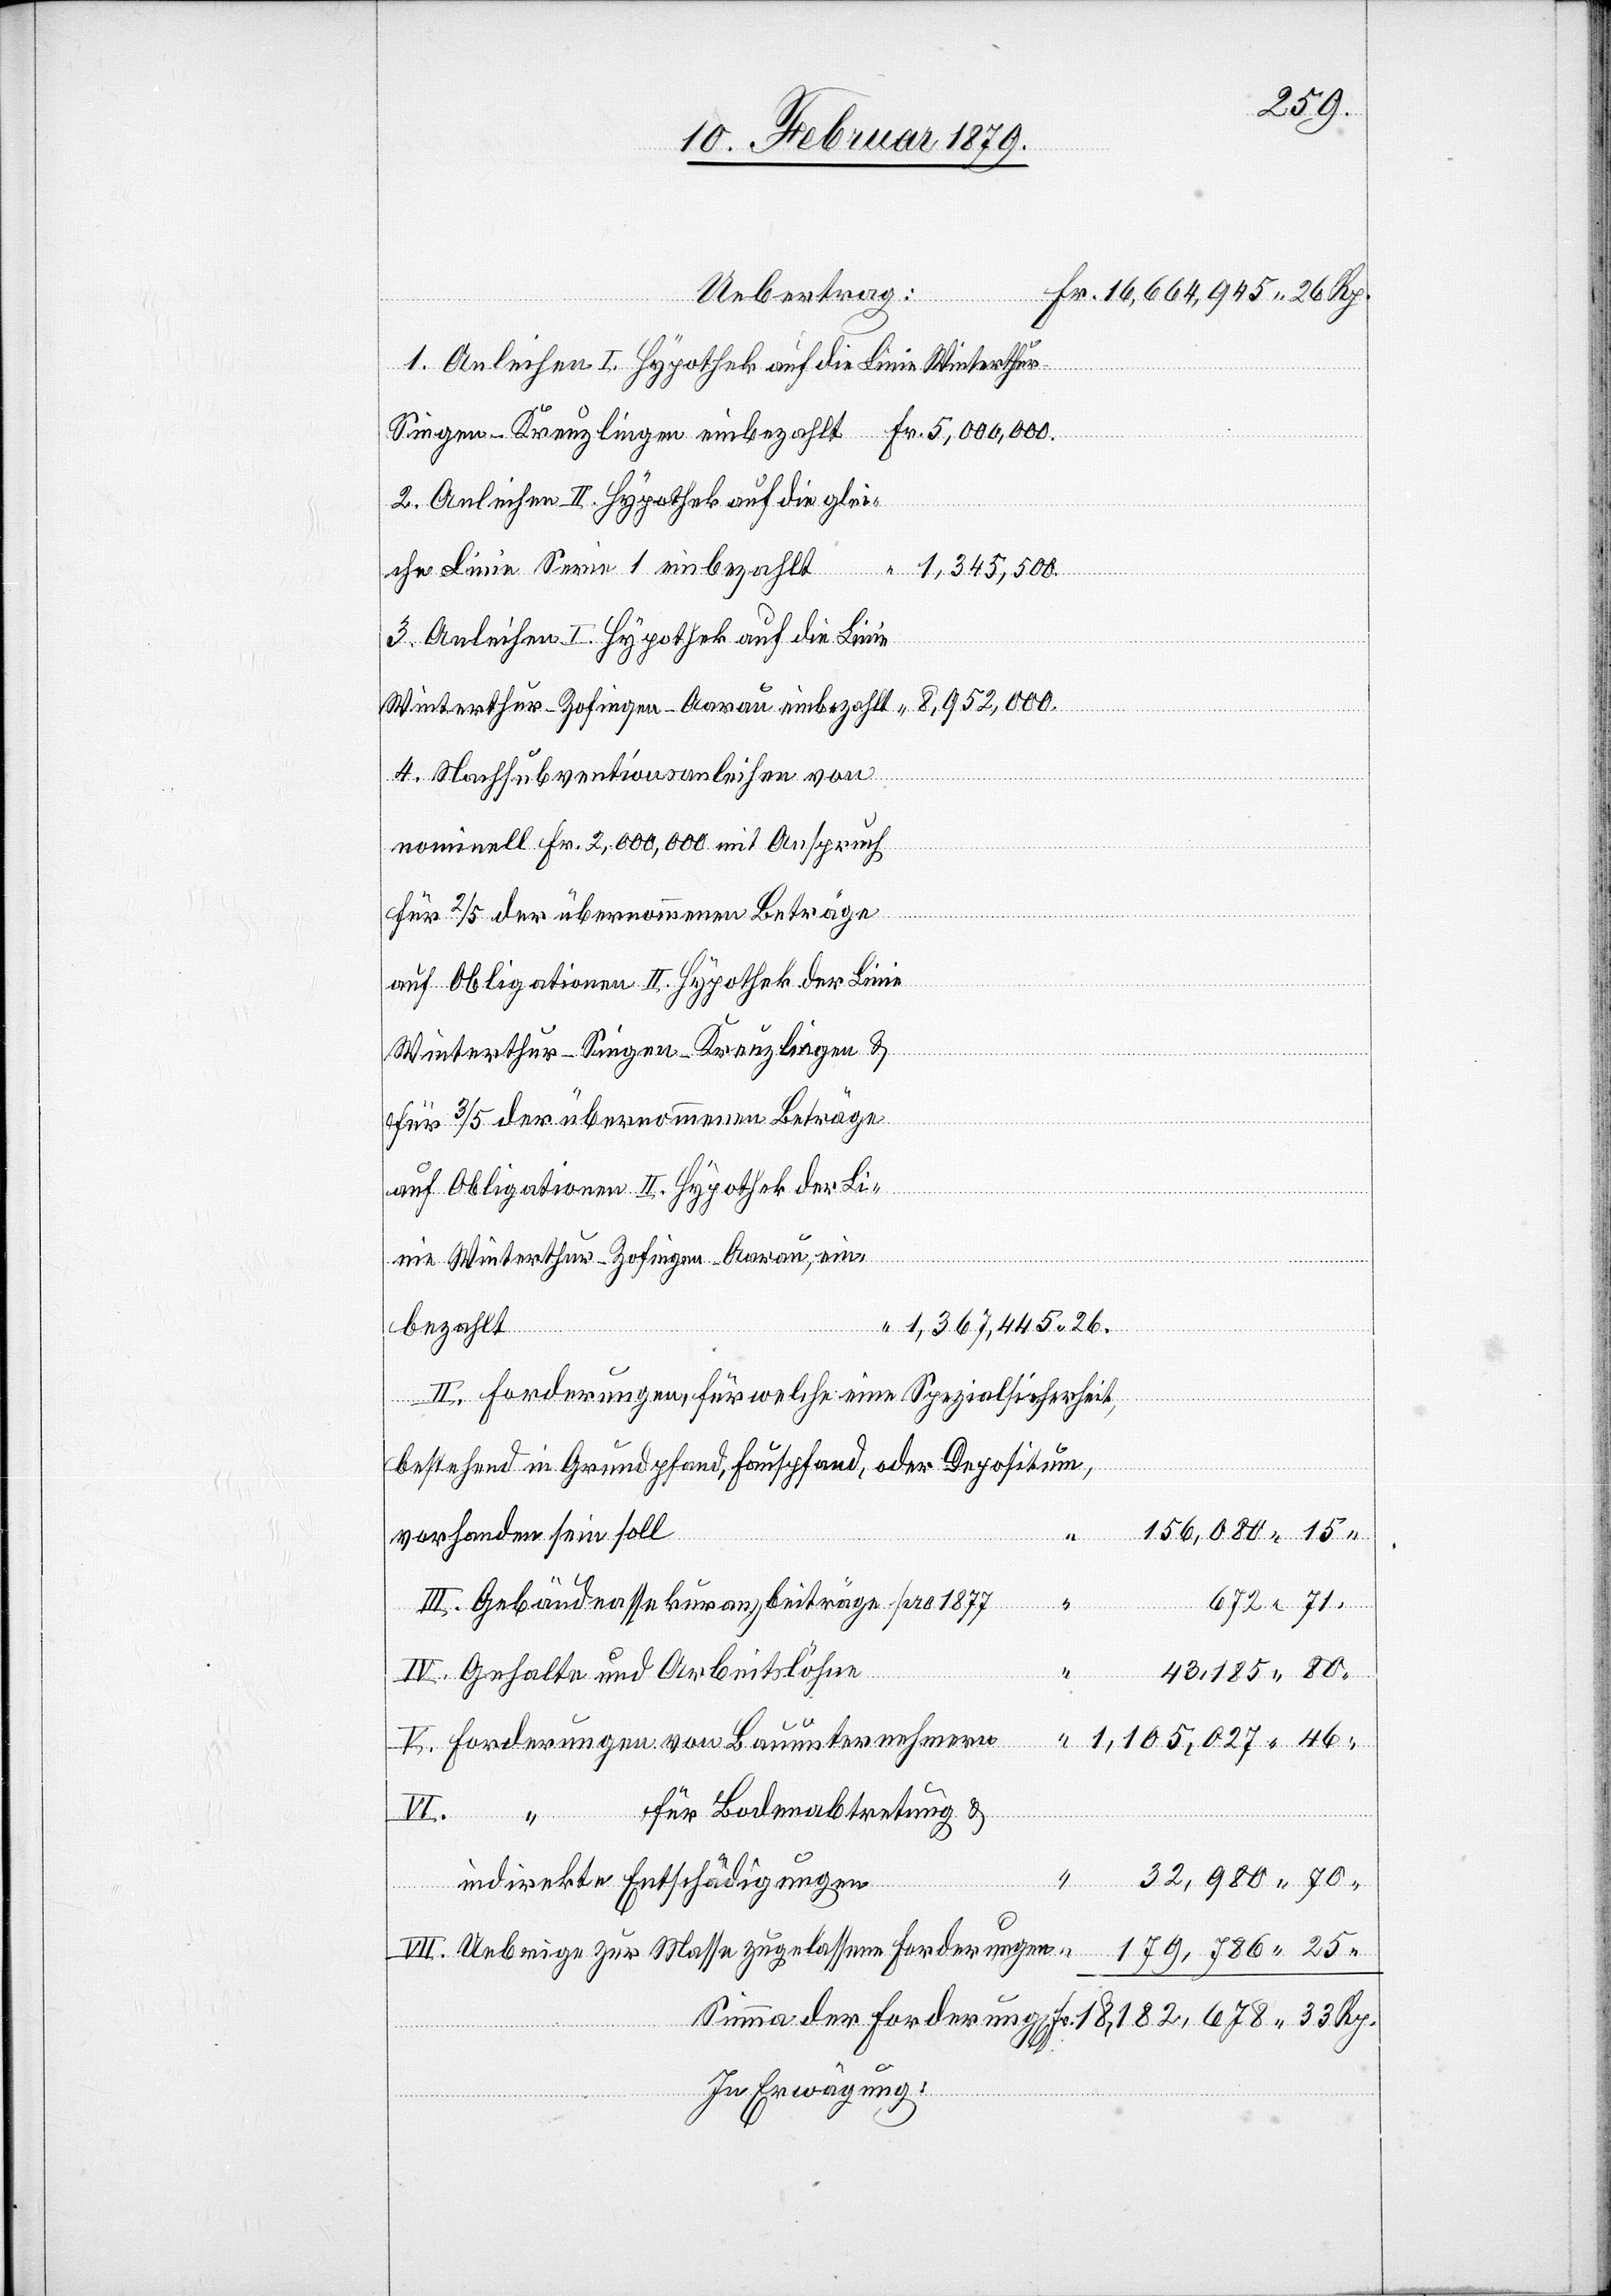
Ueb¬
2. Anleihen II. Hypothek auf die glei¬
3. Anleihen I. Hypothek auf die Li¬
4. Nachsubventionsanleihen von
Rp.
nominell Fr. 2,000,000 mit Anspruch
für 2/5 der übernommenen Beträge
auf Obligationen II. Hypothek der Linie
Winterthur–Singen–Kreuzlingen &
für 3/5 der übernommenen Beträge
auf Obligationen II. Hypothek der Li¬
g[en]
nie Winterthur–Zofingen–Aarau, ein¬
in¬
bezahlt
1,367,445.26.
II. Forderungen, für welche eine Spezialsicherheit,
bestehend in Grundpfand, Hauspfand, oder Depositum,
“
vorhanden sein soll
Fr.
33
III. Gebäudeassekuranzbeiträge pro 1877
IV. Gehalte und Arbeitslöhne
V. Forderungen von Bauunternehmern
für Bodenabtretung &
indirekte Entschädigungen
VII. Uebrige zur Masse zugelassene Forderungen
In Erwägung: